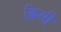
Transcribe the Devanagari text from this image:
क़िसी